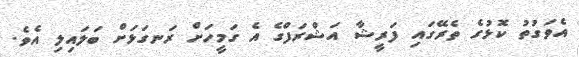
އެވަގުތު ކޮޅުގެ ތެރޭގައި ފަރީޝާ އަޝްރަފްގެ އެ ގަމީހަށް ރަނގަޅަށް ބަލައިލި އެވެ.